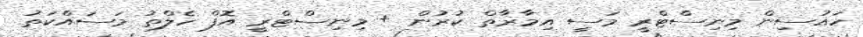
ހައުސިން މިނިސްޓްރީ މަސީ އިމާރާތް ކުރުން + މިނިސްޓްރީ އޮފް ހެލްތު މަސައްކަތު